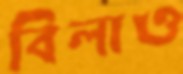
বিলাও